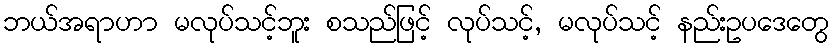
ဘယ်အရာဟာ မလုပ်သင့်ဘူး စသည်ဖြင့် လုပ်သင့်, မလုပ်သင့် နည်းဥပဒေတွေ